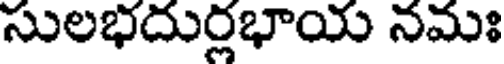
సులభదుర్లభాయ నమః